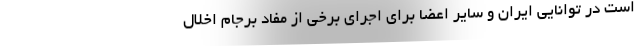
است در توانایی ایران و سایر اعضا برای اجرای برخی از مفاد برجام اخلال